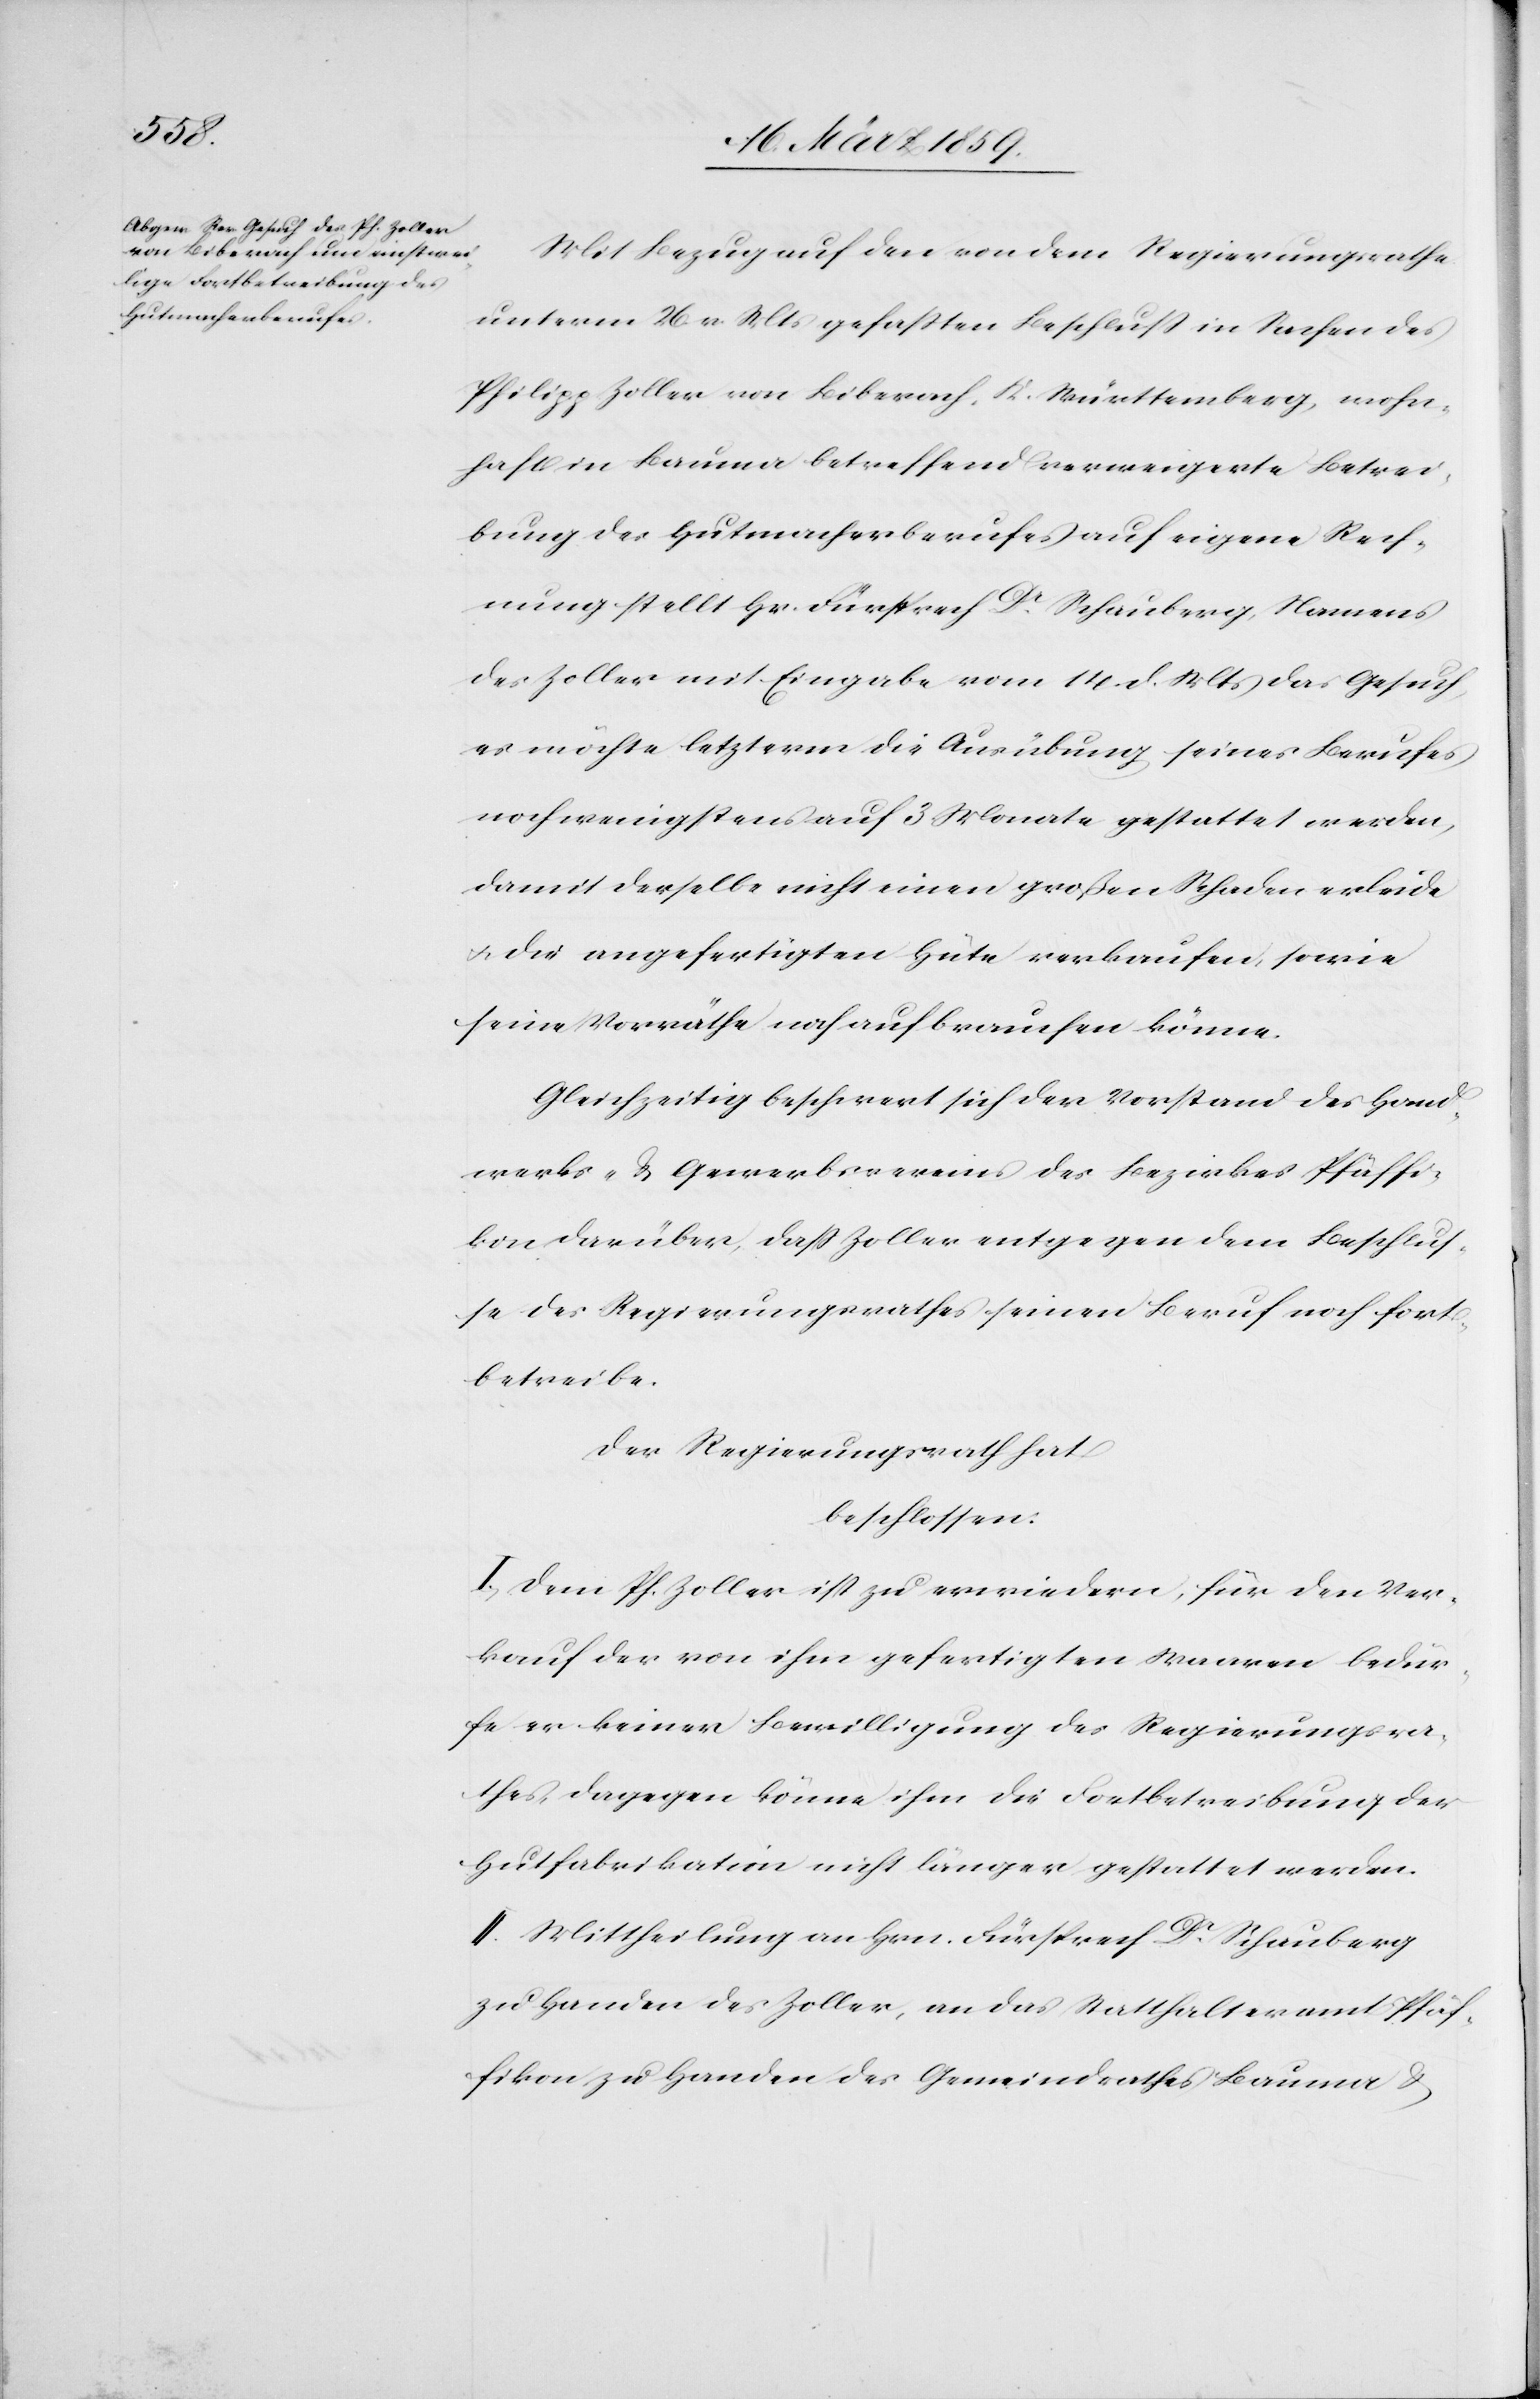
Mit Bezug auf den von dem Regierungsrathe
unterm 26. v. Mts gefaßten Beschluß in Sachen des
Philipp Zoller von Biberach, K. Württemberg, wohn¬
haft in Bauma betreffend verweigerte Betrei¬
bung des Hutmacherberufes auf eigene Rech¬
nung stellt Hr. Fürsprech Dr. Schauberg, Namens
des Zoller mit Eingabe vom 14. d. Mts das Gesuch,
es möchte letzterm die Ausübung seines Berufes
noch wenigstens auf 3 Monate gestattet werden,
damit derselbe nicht einen großen Schaden erleide
u. die angefertigten Hüte verkaufen, sowie
seine Vorräthe nah aufbrauchen könne.
Gleichzeitig beschwert sich der Vorstand des Hand¬
werks- u. Gewerbsvereins des Bezirks Pfäffi¬
kon darüber, daß Zoller entgegen dem Beschlus¬
se des Regierungsrathes seinen Beruf noch fort¬
betreibe.
Der Regierungsrath hat
beschlossen:
I. Dem Ph. Zoller ist zu erwiedern, für den Ver¬
kauf der von ihm gefertigten Waaren bedür¬
fe er keiner Bewilligung des Regierungsra¬
thes, dagegen könne ihm die Fortbetreibung der
Hutfabrikation nicht länger gestattet werden.
II. Mittheilung an Hrn. Fürsprech Dr. Schauberg
zu Handen des Zoller, an das Statthalteramt Pfäf¬
fikon zu Handen des Gemeindrathes Bauma &